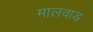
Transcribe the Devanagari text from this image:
मालवाड